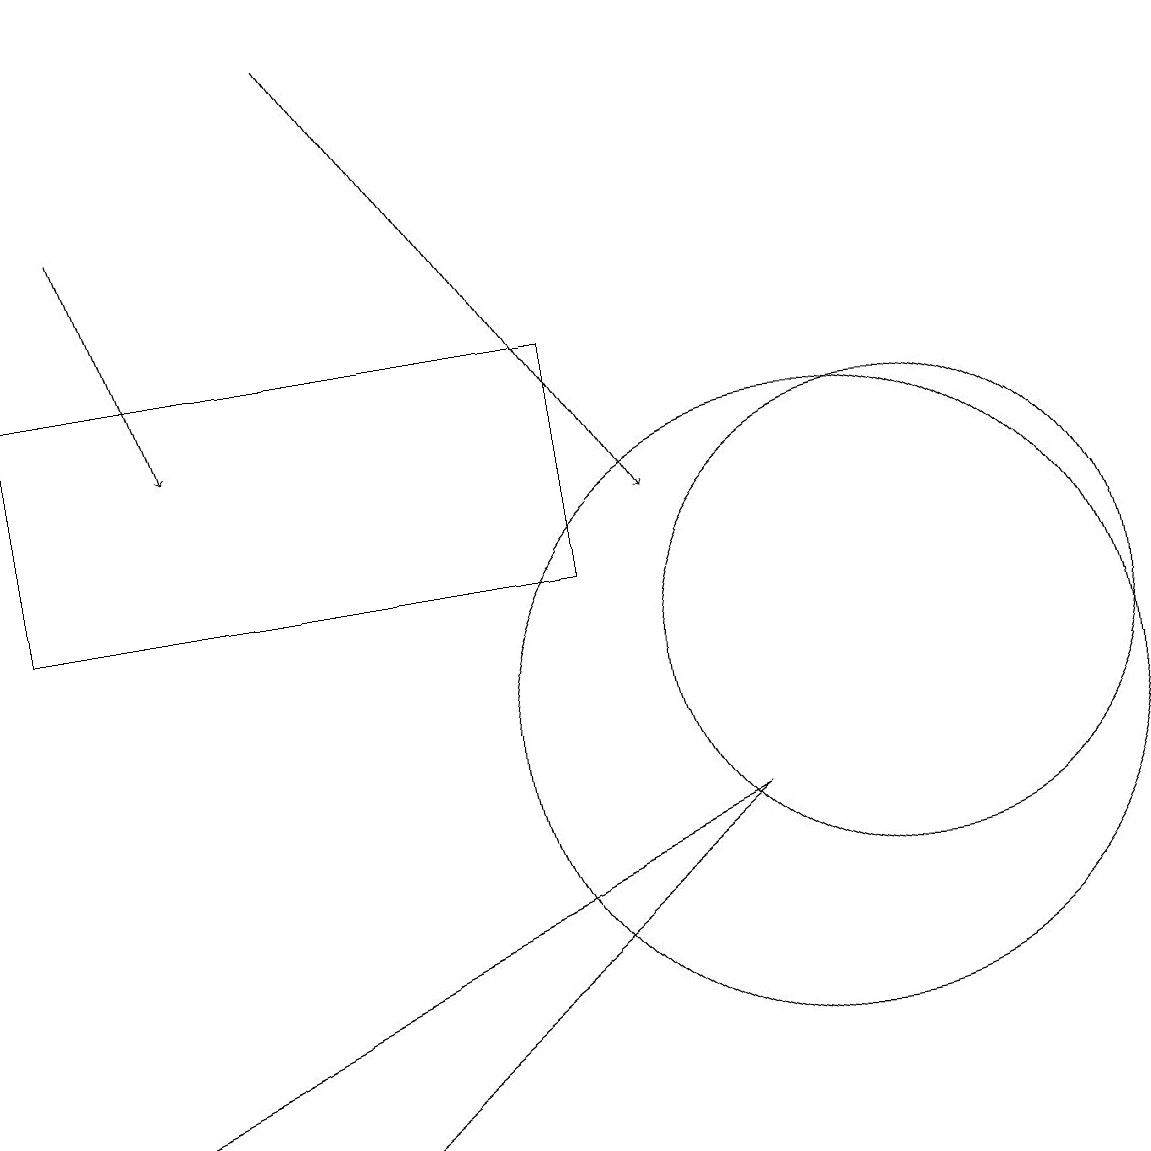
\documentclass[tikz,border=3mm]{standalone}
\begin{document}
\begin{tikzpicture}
\draw (11,11) circle (3);
\draw (10,11) circle (0);
\draw (4,5) -- (0,5) -- (9,9) -- cycle;
\draw (10,10) circle (0);
\draw[->] (1,17) -- (2,14);
\draw (10,10) circle (4);
\draw (7,15) rectangle (0,12);
\draw[->] (4,19) -- (8,13);
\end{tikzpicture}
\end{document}